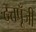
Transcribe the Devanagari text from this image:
दत्तपूँजी